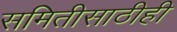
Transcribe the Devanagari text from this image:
समितीसाठीही